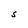
Character: S